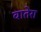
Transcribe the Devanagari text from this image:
वातेरा